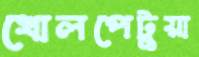
খোলপেটুয়া